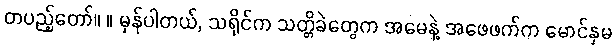
တပည့်တော်။ ။ မှန်ပါတယ်, သရိုင်က သတ္တိခဲတွေက အမေနဲ့ အဖေဖက်က မောင်နှမ